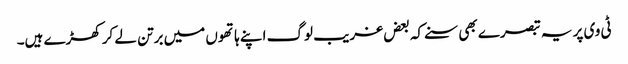
ٹی وی پر یہ تبصرے بھی سنے کہ بعض غریب لوگ اپنے ہاتھوں میں برتن لے کر کھڑے ہیں۔